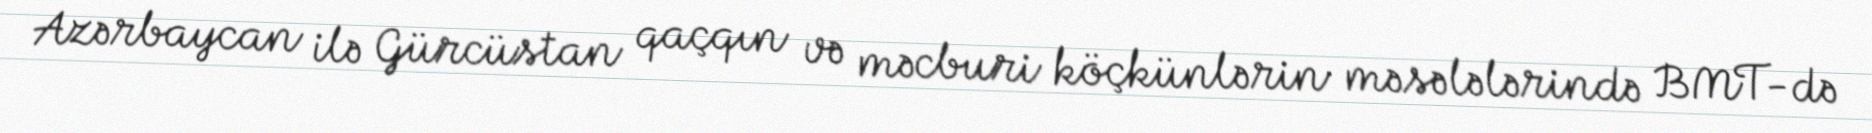
Azərbaycan ilə Gürcüstan qaçqın və məcburi köçkünlərin məsələlərində BMT-də